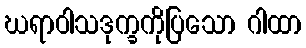
ဃရာဝါသဒုက္ခကိုပြသော ဂါထာ